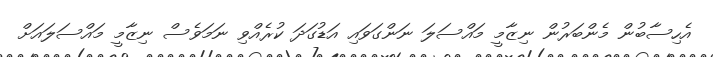
އެހިސާބުން މެންބަރުން ނިޒާމީ މައްސަލަ ނަންގަވައި އަޑުގަދަ ކުރެއްވި ނަމަވެސް ނިޒާމީ މައްސަލައަށް